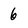
Character: 6